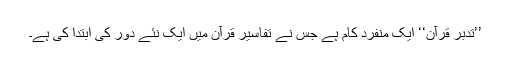
’’تدبر قرآن‘‘ ایک منفرد کام ہے جس نے تفاسیر قرآن میں ایک نئے دور کی ابتدا کی ہے۔